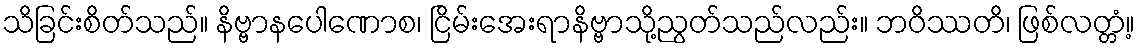
သိခြင်းစိတ်သည်။ နိဗ္ဗာနပေါဏောစ၊ ငြိမ်းအေးရာနိဗ္ဗာသို့ညွတ်သည်လည်း။ ဘဝိဿတိ၊ ဖြစ်လတ္တံ့။